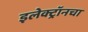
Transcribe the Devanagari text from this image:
इलेक्ट्रॉनचा